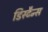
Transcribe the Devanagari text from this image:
डिस्टैन्स